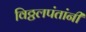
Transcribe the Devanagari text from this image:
विठ्ठलपंतांनी